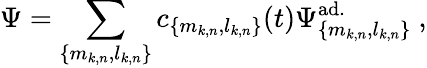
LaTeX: \Psi=\sum_{\{ m_{k,n},l_{k,n}\} }c_{\{ m_{k,n},l_{k,n}\} }(t)\Psi_{\{ m_{k,n},l_{k,n}\} }^{\mathrm{ad.}}\ ,